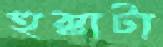
হুক্কাটা